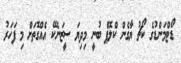
ޑޯޓްމަންޑުގެ ކޯޗު ޔާގެން ކްލޮޕް ބުނީ މިދިޔަ ސީޒަނެކޭ އެއްގޮތަށް މި ފަހަރު